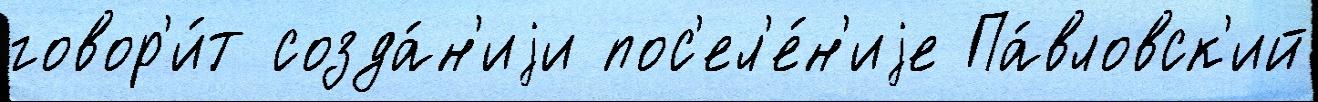
говор'и́т созда́н'иjи пос'ел'е́н'иjе Па́вловск'ий